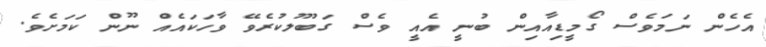
އެހެން ނަމަވެސް ގޯމީޑިއާއިން ބުނީ އެއީ ވެސް ގަބޫލުކުރެވޭ ވާހަކައެއް ނޫން ކަމަށެވެ.